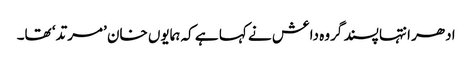
ادھر انتہا پسند گروہ داعش نے کہا ہے کہ ہمایوں خان ’مرتد‘ تھا۔